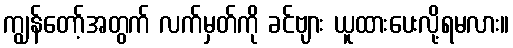
ကျွန်တော့်အတွက် လက်မှတ်ကို ခင်ဗျား ယူထားပေးလို့ရမလား။